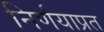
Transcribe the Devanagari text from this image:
निर्णयाप्रत